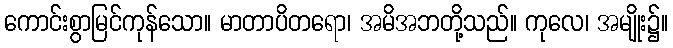
ကောင်းစွာမြင်ကုန်သော။ မာတာပိတရော၊ အမိအဘတို့သည်။ ကုလေ၊ အမျိုး၌။